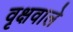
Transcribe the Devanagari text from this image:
वृक्षवाले